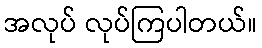
အလုပ် လုပ်ကြပါတယ်။